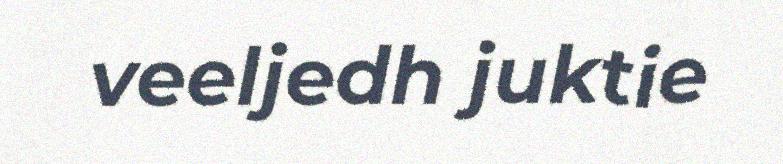
veeljedh juktie